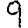
Digit: 9